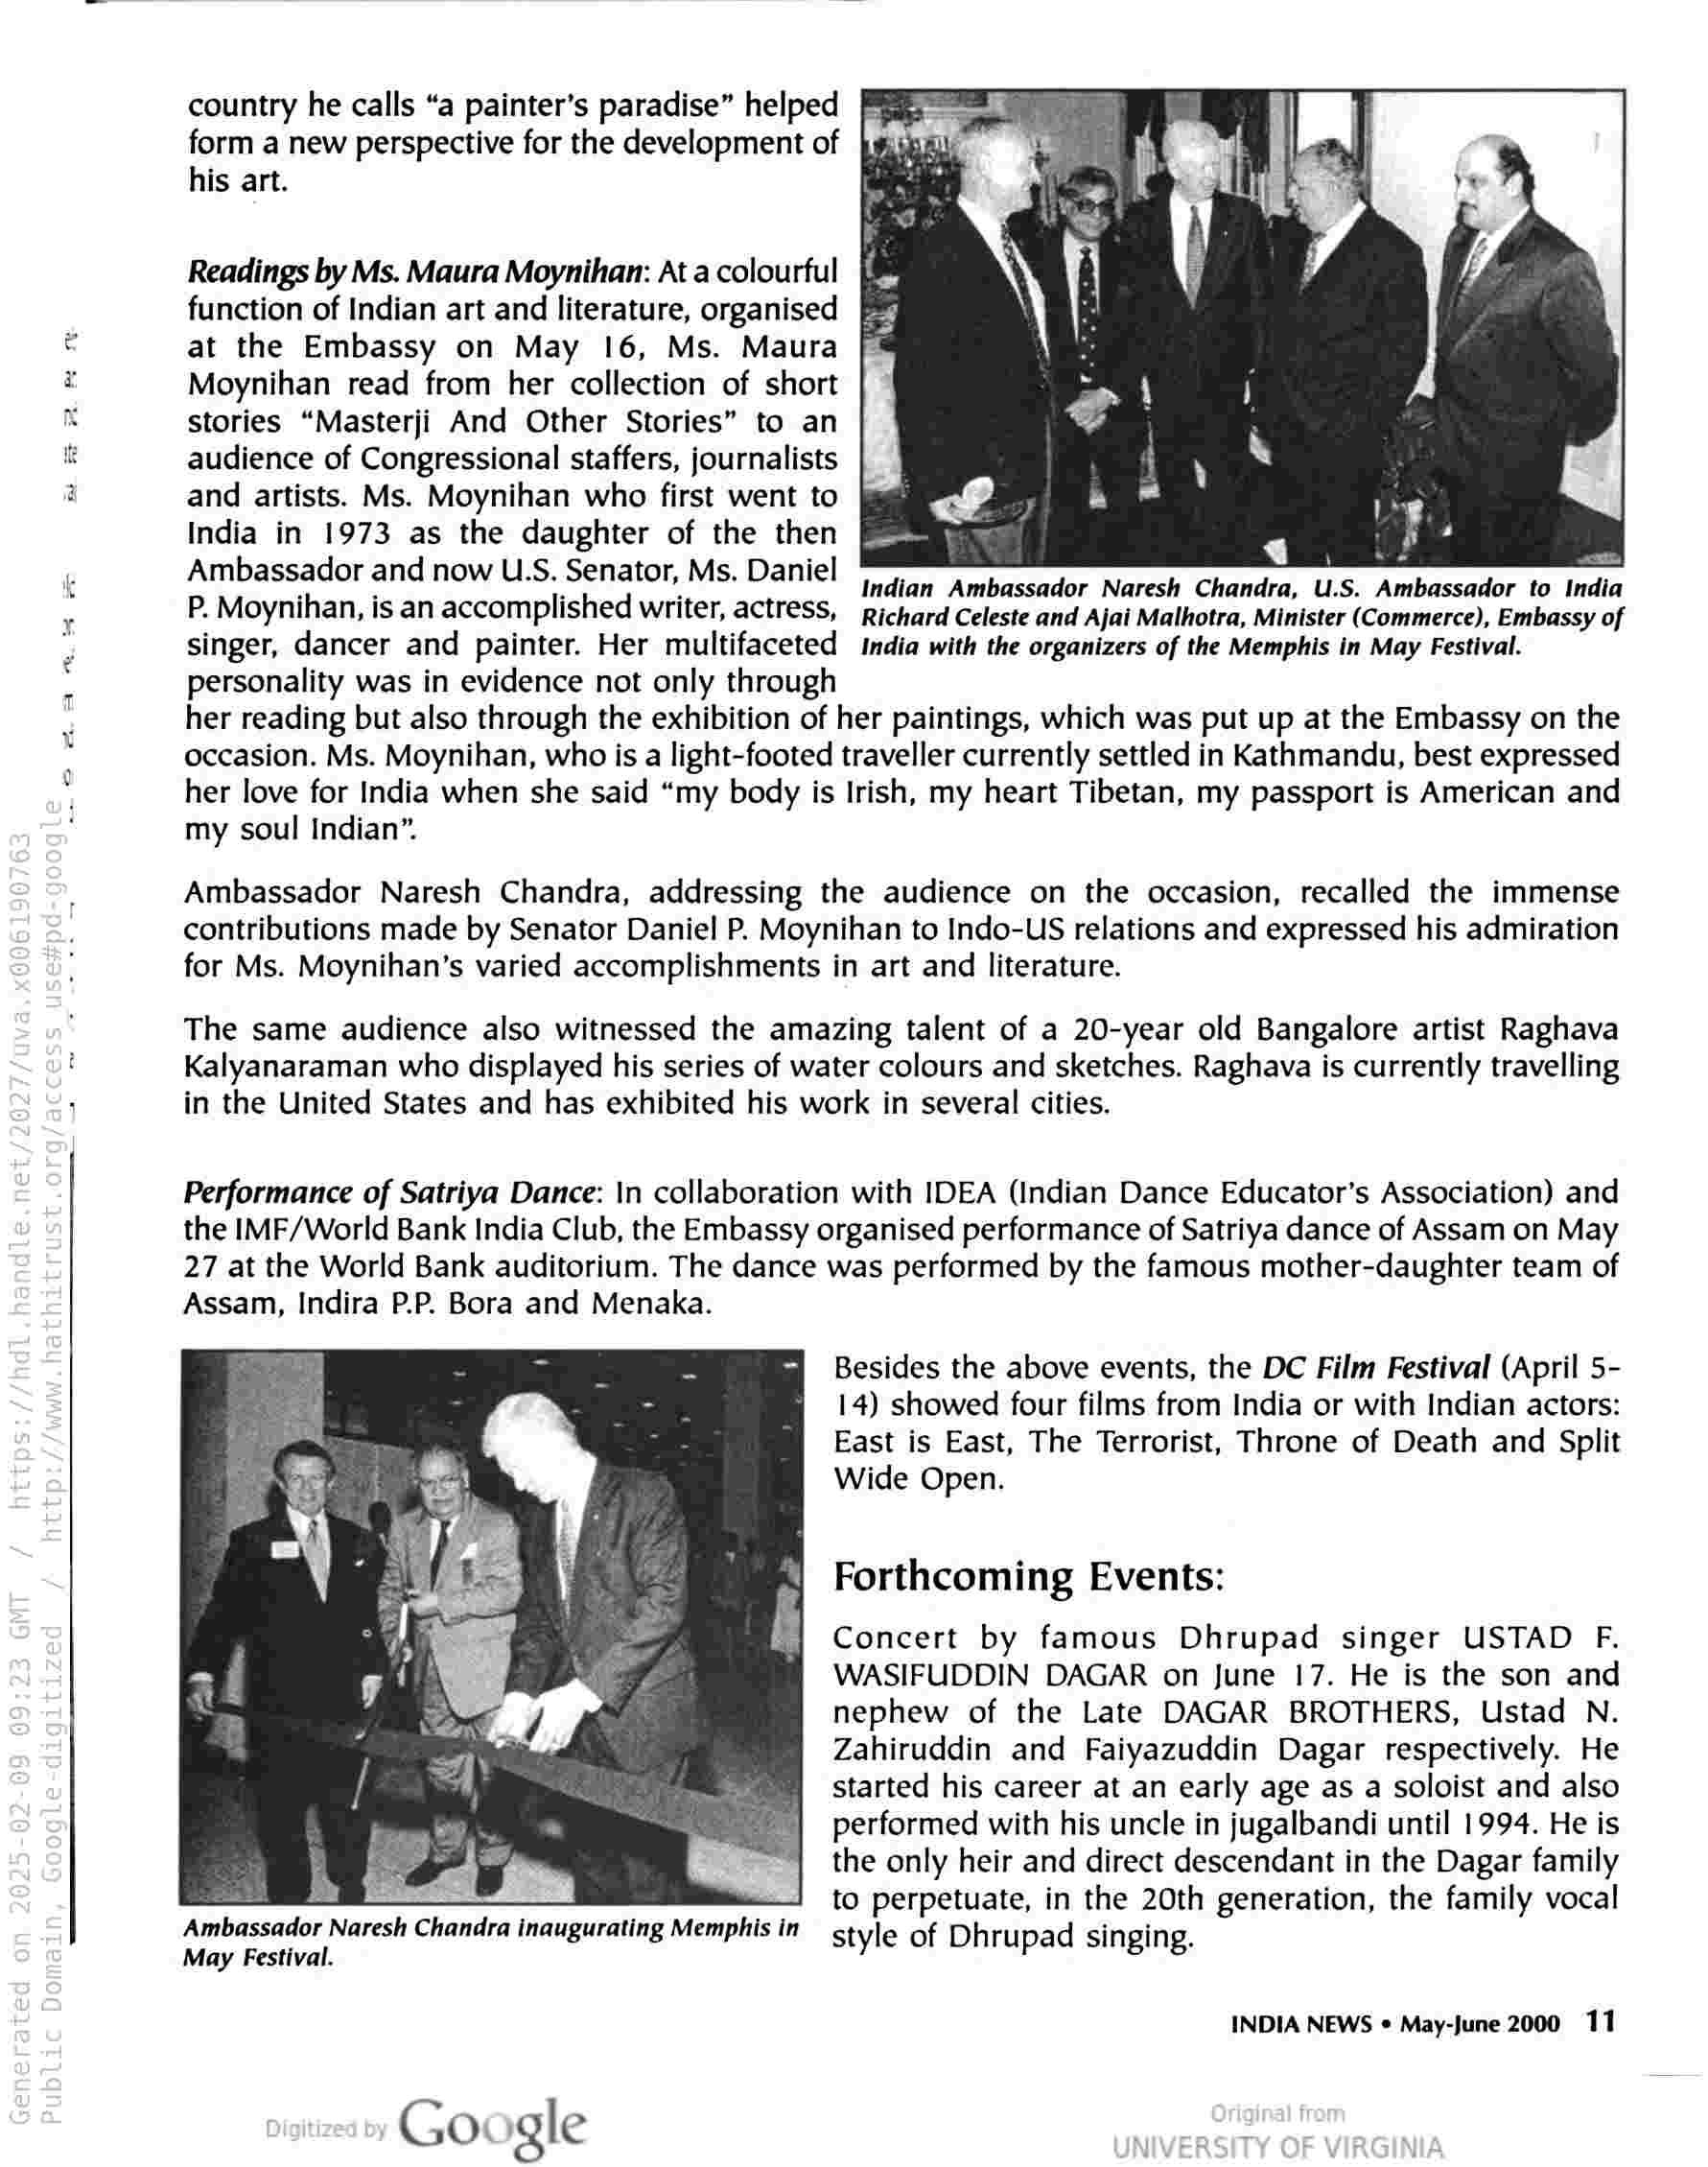
country he calls “a painter’s paradise” helped
form a new perspective for the development of
his art.

Readings by Ms. Maura Moynihan: At a colourful
function of Indian art and literature, organised Py
at the Embassy on May 16, Ms. Maura
Moynihan read from her collection of short
stories “Masterji And Other Stories” to an
audience of Congressional staffers, journalists
and artists. Ms. Moynihan who first went to
India in 1973 as the daughter of the then
Ambassador and now U.S. Senator, Ms. Daniel Indian Ambassador Naresh Chandra, U.S. Ambassador to India

P. Moynihan, is an accomplished writer, actress, richard Celeste and Ajai Malhotra, Minister (Commerce), Embassy of
singer, dancer and painter. Her multifaceted India with the organizers of the Memphis in May Festival.

personality was in evidence not only through

her reading but also through the exhibition of her paintings, which was put up at the Embassy on the
occasion. Ms. Moynihan, who is a light-footed traveller currently settled in Kathmandu, best expressed
her love for India when she said “my body is Irish, my heart Tibetan, my passport is American and
my soul Indian”.

acme

Ambassador Naresh Chandra, addressing the audience on the occasion, recalled the immense
contributions made by Senator Daniel P. Moynihan to Indo-US relations and expressed his admiration
for Ms. Moynihan’s varied accomplishments in art and literature.

The same audience also witnessed the amazing talent of a 20-year old Bangalore artist Raghava
Kalyanaraman who displayed his series of water colours and sketches. Raghava is currently travelling
in the United States and has exhibited his work in several cities.

Performance of Satriya Dance: \n collaboration with IDEA (Indian Dance Educator’s Association) and
the IMF/World Bank India Club, the Embassy organised performance of Satriya dance of Assam on May
27 at the World Bank auditorium. The dance was performed by the famous mother-daughter team of
Assam, Indira P.P. Bora and Menaka.

Besides the above events, the DC Film Festival (April 5-
14) showed four films from India or with Indian actors:
East is East, The Terrorist, Throne of Death and Split
Wide Open.

Forthcoming Events:

Concert by famous Dhrupad singer USTAD F.
WASIFUDDIN DAGAR on June 17. He is the son and
nephew of the Late DAGAR BROTHERS, Ustad N.
Zahiruddin and Faiyazuddin Dagar respectively. He
started his career at an early age as a soloist and also
performed with his uncle in jugalbandi until 1994. He is
the only heir and direct descendant in the Dagar family

to perpetuate, in the 20th generation, the family vocal
Ambassador Naresh Chandra inaugurating Memphis in style of Dhrupad singing.
May Festival.

INDIA NEWS © May-June 2000 11

Google